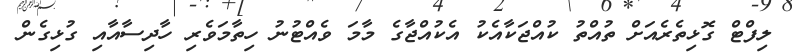
ލިފްޓް ގޮޅިތެރެއަށް ތުއްތު ކުއްޖަކާއެކު އެކުއްޖާގެ މާމަ ވެއްޓުނު ހިތާމަވެރި ހާދިސާއާއި ގުޅިގެން